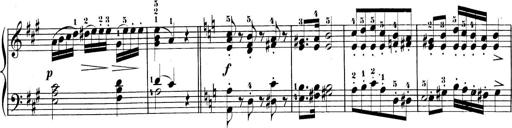
Title: 3 Sonatinen, Op.8
Composer: Isidor Wilhelm Seiss